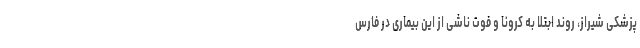
پزشکی شیراز، روند ابتلا به کرونا و فوت ناشی از این بیماری در فارس